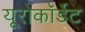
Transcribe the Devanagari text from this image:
यूरोकॉर्डेट